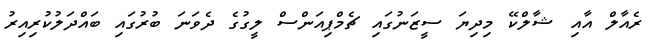
ރެއާލް އާއި ޝާލްކޭ މިދިޔަ ސީޒަނުގައި ޗެމްޕިއަންސް ލީގުގެ ދެވަނަ ބުރުގައި ބައްދަލުކުރިއިރު